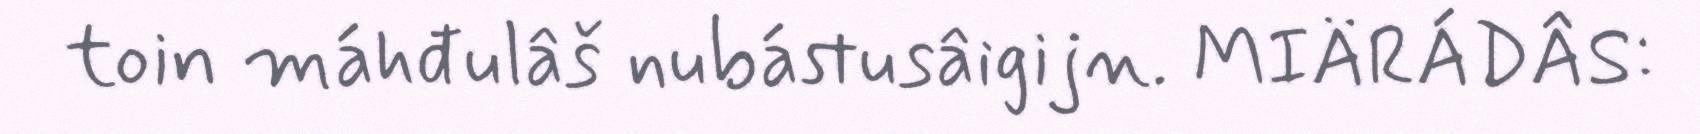
toin máhđulâš nubástusâigijn. MIÄRÁDÂS: